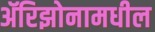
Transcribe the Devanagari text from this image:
ॲरिझोनामधील